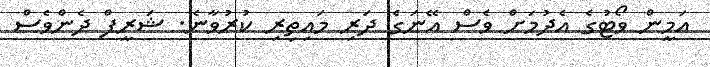
އަމީން ވޯޓުގެ އެދުމަށް ވެސް އޭނަގެ ދަރި މައިތިރި ކުރުވާނެ. ޝަރީފް ދެންވެސް